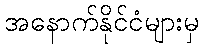
အနောက်နိုင်ငံများမှ